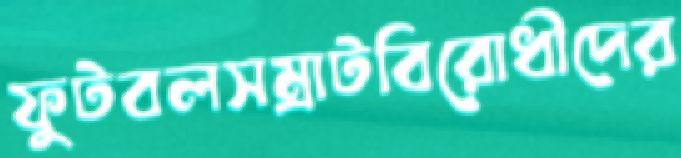
ফুটবলসম্রাটবিরোধীদের